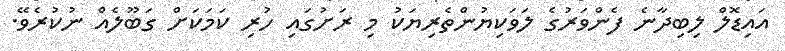
އައިޑޮލް ލިބިދާނެ ފެންވަރުގެ ލަވަކިޔުންތެރިޔަކު މި ރަށުގައި ހުރި ކަމަކަށް ގަބޫލެއް ނުކުރެވޭ.